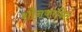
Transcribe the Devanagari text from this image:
शौनकरचित